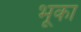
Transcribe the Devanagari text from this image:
भूका